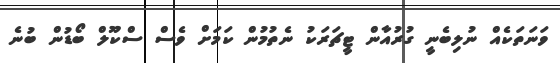
ވަނަތަކެއް ނުލިބެނީ ގުރުއާން ޓީޗަރަކު ނެތުމުން ކަމަށް ވެސް ސްކޫލް ބޯޑުން ބުނެ